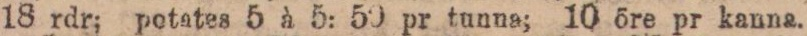
18 rdr; potates 5 à 5: 50 pr tunna; 10 öre pr kanna.